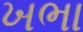
ખભા